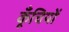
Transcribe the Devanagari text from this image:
कूँचियों